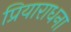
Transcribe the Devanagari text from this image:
प्रियाराधना